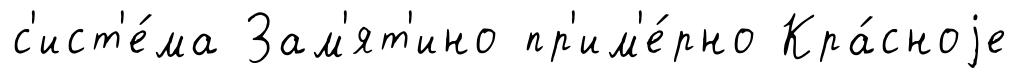
с'ист'е́ма Зам'ят'ино пр'им'е́рно Кра́сноjе